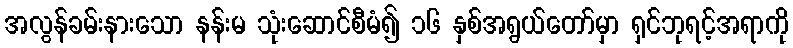
အလွန်ခမ်းနားသော နန်းမ သုံးဆောင်စီမံ၍ ၁၆ နှစ်အရွယ်တော်မှာ ရှင်ဘုရင့်အရာကို